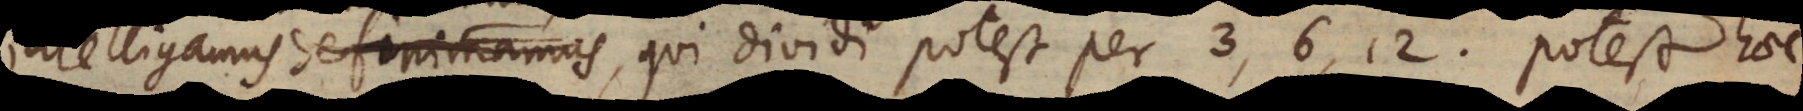
intelligamus, qui dividi potest per 3, 6, 12, potest haec